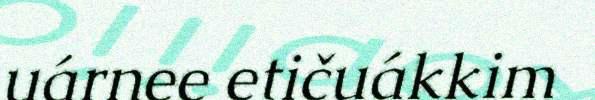
uárnee etičuákkim